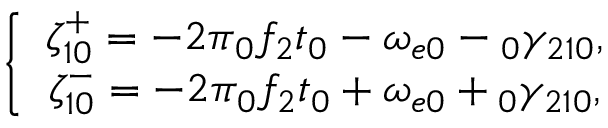
\left\{ \begin{array} { c } { \zeta _ { 1 0 } ^ { + } = - 2 \pi \phantom { } _ { 0 } f _ { 2 } t _ { 0 } - \omega _ { e 0 } - \phantom { } _ { 0 } \gamma _ { 2 1 0 } , } \\ { \zeta _ { 1 0 } ^ { - } = - 2 \pi \phantom { } _ { 0 } f _ { 2 } t _ { 0 } + \omega _ { e 0 } + \phantom { } _ { 0 } \gamma _ { 2 1 0 } , } \end{array} \right.